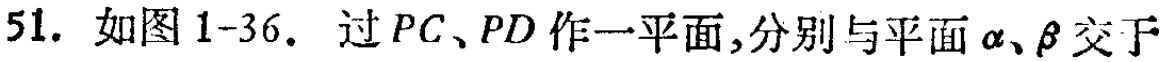
51. 如图1-36. 过\(PC、PD\)作一平面,分别与平面\(\alpha、\beta\)交于